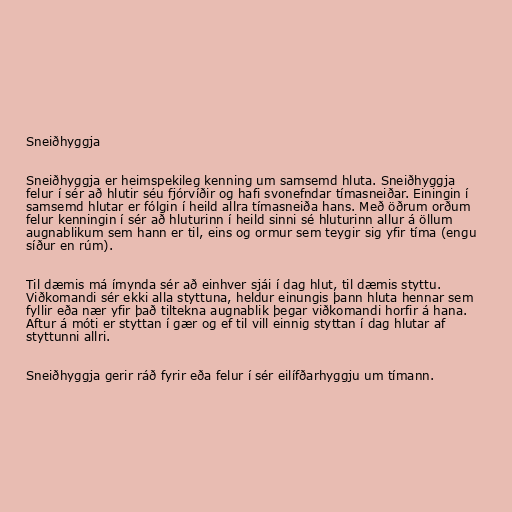
Sneiðhyggja

Sneiðhyggja er heimspekileg kenning um samsemd hluta. Sneiðhyggja
felur í sér að hlutir séu fjórvíðir og hafi svonefndar tímasneiðar. Einingin í
samsemd hlutar er fólgin í heild allra tímasneiða hans. Með öðrum orðum
felur kenningin í sér að hluturinn í heild sinni sé hluturinn allur á öllum
augnablikum sem hann er til, eins og ormur sem teygir sig yfir tíma (engu
síður en rúm).

Til dæmis má ímynda sér að einhver sjái í dag hlut, til dæmis styttu.
Viðkomandi sér ekki alla styttuna, heldur einungis þann hluta hennar sem
fyllir eða nær yfir það tiltekna augnablik þegar viðkomandi horfir á hana.
Aftur á móti er styttan í gær og ef til vill einnig styttan í dag hlutar af
styttunni allri.

Sneiðhyggja gerir ráð fyrir eða felur í sér eilífðarhyggju um tímann.